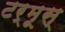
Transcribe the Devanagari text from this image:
टर्मूस्